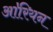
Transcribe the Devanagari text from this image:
आ॓रियन